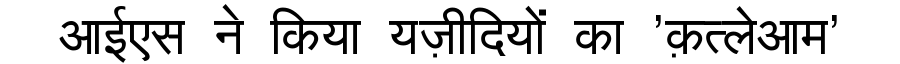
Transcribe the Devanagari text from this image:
आईएस ने किया यज़ीदियों का 'क़त्लेआम'